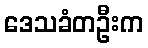
ဒေသခံတဦးက